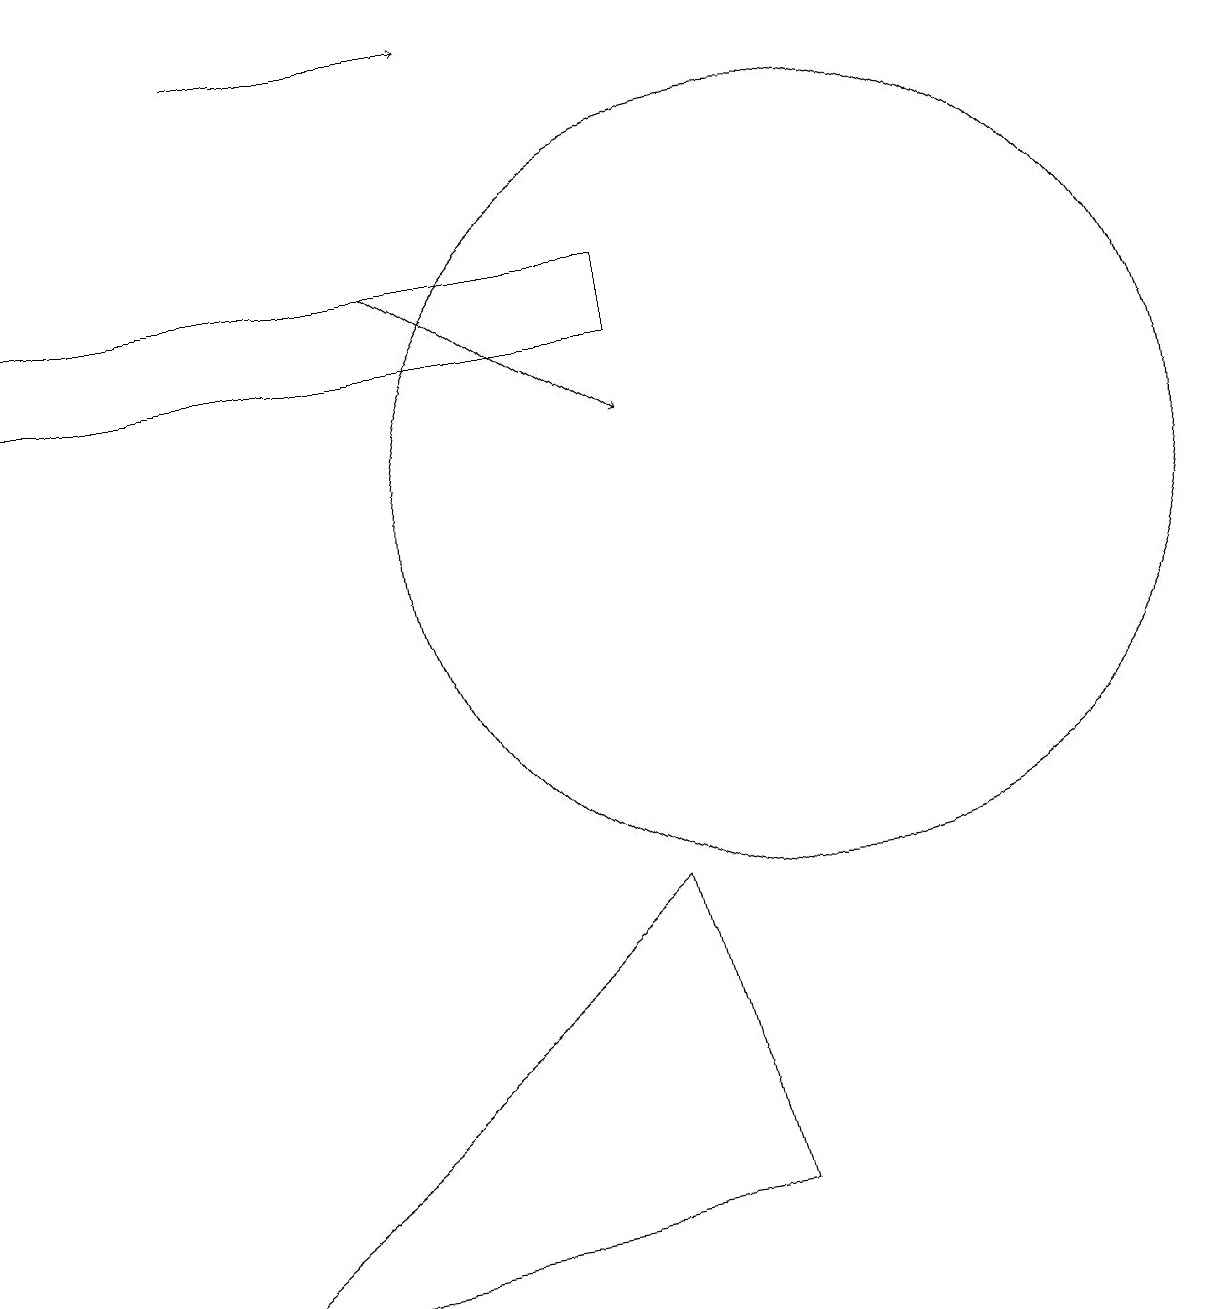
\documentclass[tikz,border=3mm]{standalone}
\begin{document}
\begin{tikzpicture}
\draw (0,12) rectangle (8,13);
\draw[->] (5,13) -- (8,11);
\draw (9,1) -- (8,5) -- (2,0) -- cycle;
\draw (10,10) circle (5);
\draw[->] (3,16) -- (6,16);
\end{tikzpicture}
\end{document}